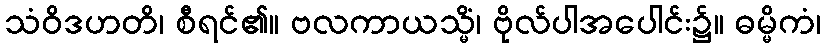
သံဝိဒဟတိ၊ စီရင်၏။ ဗလကာယသ္မိံ၊ ဗိုလ်ပါအပေါင်း၌။ ဓမ္မိကံ၊